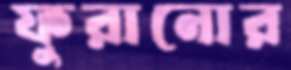
ফুরানোর